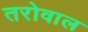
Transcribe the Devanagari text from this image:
तरोवाल